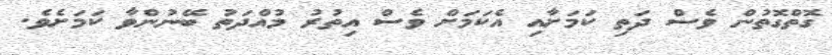
ގޮތްގޮތުން ވެސް ދަތި ކަމަށާއި އެކަމަށް ވެސް އިތުރު މުއްދަތު ބޭނުންވާ ކަމަށެވެ.